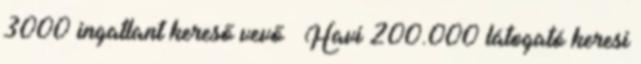
3000 ingatlant kereső vevő » Havi 200.000 látogató keresi